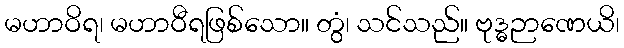
မဟာဝိရ၊ မဟာဝီရဖြစ်သော။ တွံ၊ သင်သည်။ ဗုဒ္ဓဉာဏေယိ၊